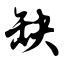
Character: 缺